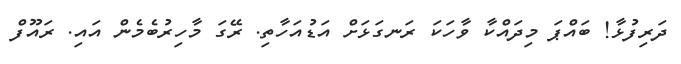
ދަރިފުޅާ! ބައްޕަ މިދައްކާ ވާހަކަ ރަނގަޅަށް އަޑުއަހާތި. ރޭގަ މާހިރުބެމެން އައި. ރައޫފް